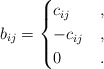
\begin{align*}b_{ij} = \begin{cases}c_{ij} &,\\-c_{ij} &,\\0 &.\end{cases}\end{align*}